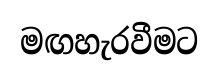
මඟහැරවීමට